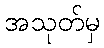
အသုတ်မှ